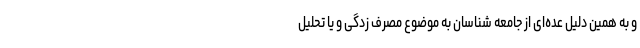
و به همین دلیل عده‌ای از جامعه شناسان به موضوع مصرف زدگی و یا تحلیل